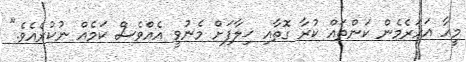
މީހާ އަހަރެމެން ކަންތައް ކުރާ ގޮތާއި ޚިލާފަށް މެނުވީ އެއްވެސް ކަމެއް ނުކުރެއެވެ."